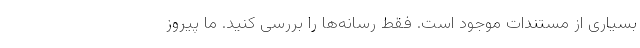
بسیاری از مستندات موجود است. فقط رسانه‌ها را بررسی کنید. ما پیروز